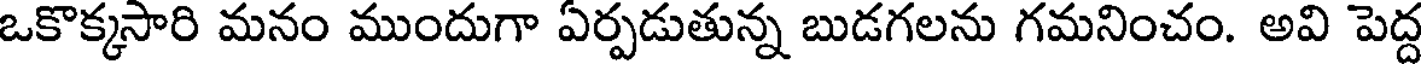
ఒకొక్కసారి మనం ముందుగా ఏర్పడుతున్న బుడగలను గమనించం. అవి పెద్ద